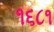
૧૬૮૧